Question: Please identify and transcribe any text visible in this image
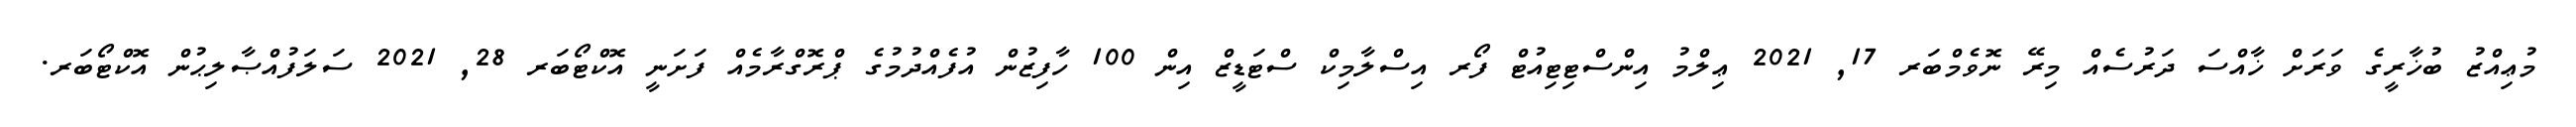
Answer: މުޢިއްޒު ބުޚާރީގެ ވަރަށް ޚާއްސަ ދަރުސެއް މިރޭ ނޮވެމްބަރ 17, 2021 ޢިލްމު އިންސްޓިޓިއުޓް ފޯރ އިސްލާމިކް ސްޓަޑީޒް އިން 100 ހާފިޒުން އުފެއްދުމުގެ ޕްރޮގްރާމެއް ފަށަނީ އޮކްޓޯބަރ 28, 2021 ސަލަފުއްޞާލިޙުން އޮކްޓޯބަރ.